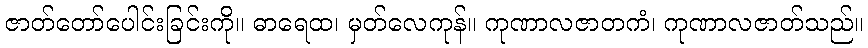
ဇာတ်တော်ပေါင်းခြင်းကို။ ဓာရေထ၊ မှတ်လေကုန်။ ကုဏာလဇာတကံ၊ ကုဏာလဇာတ်သည်။